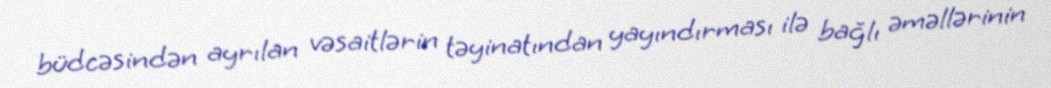
büdcəsindən ayrılan vəsaitlərin təyinatından yayındırması ilə bağlı əməllərinin